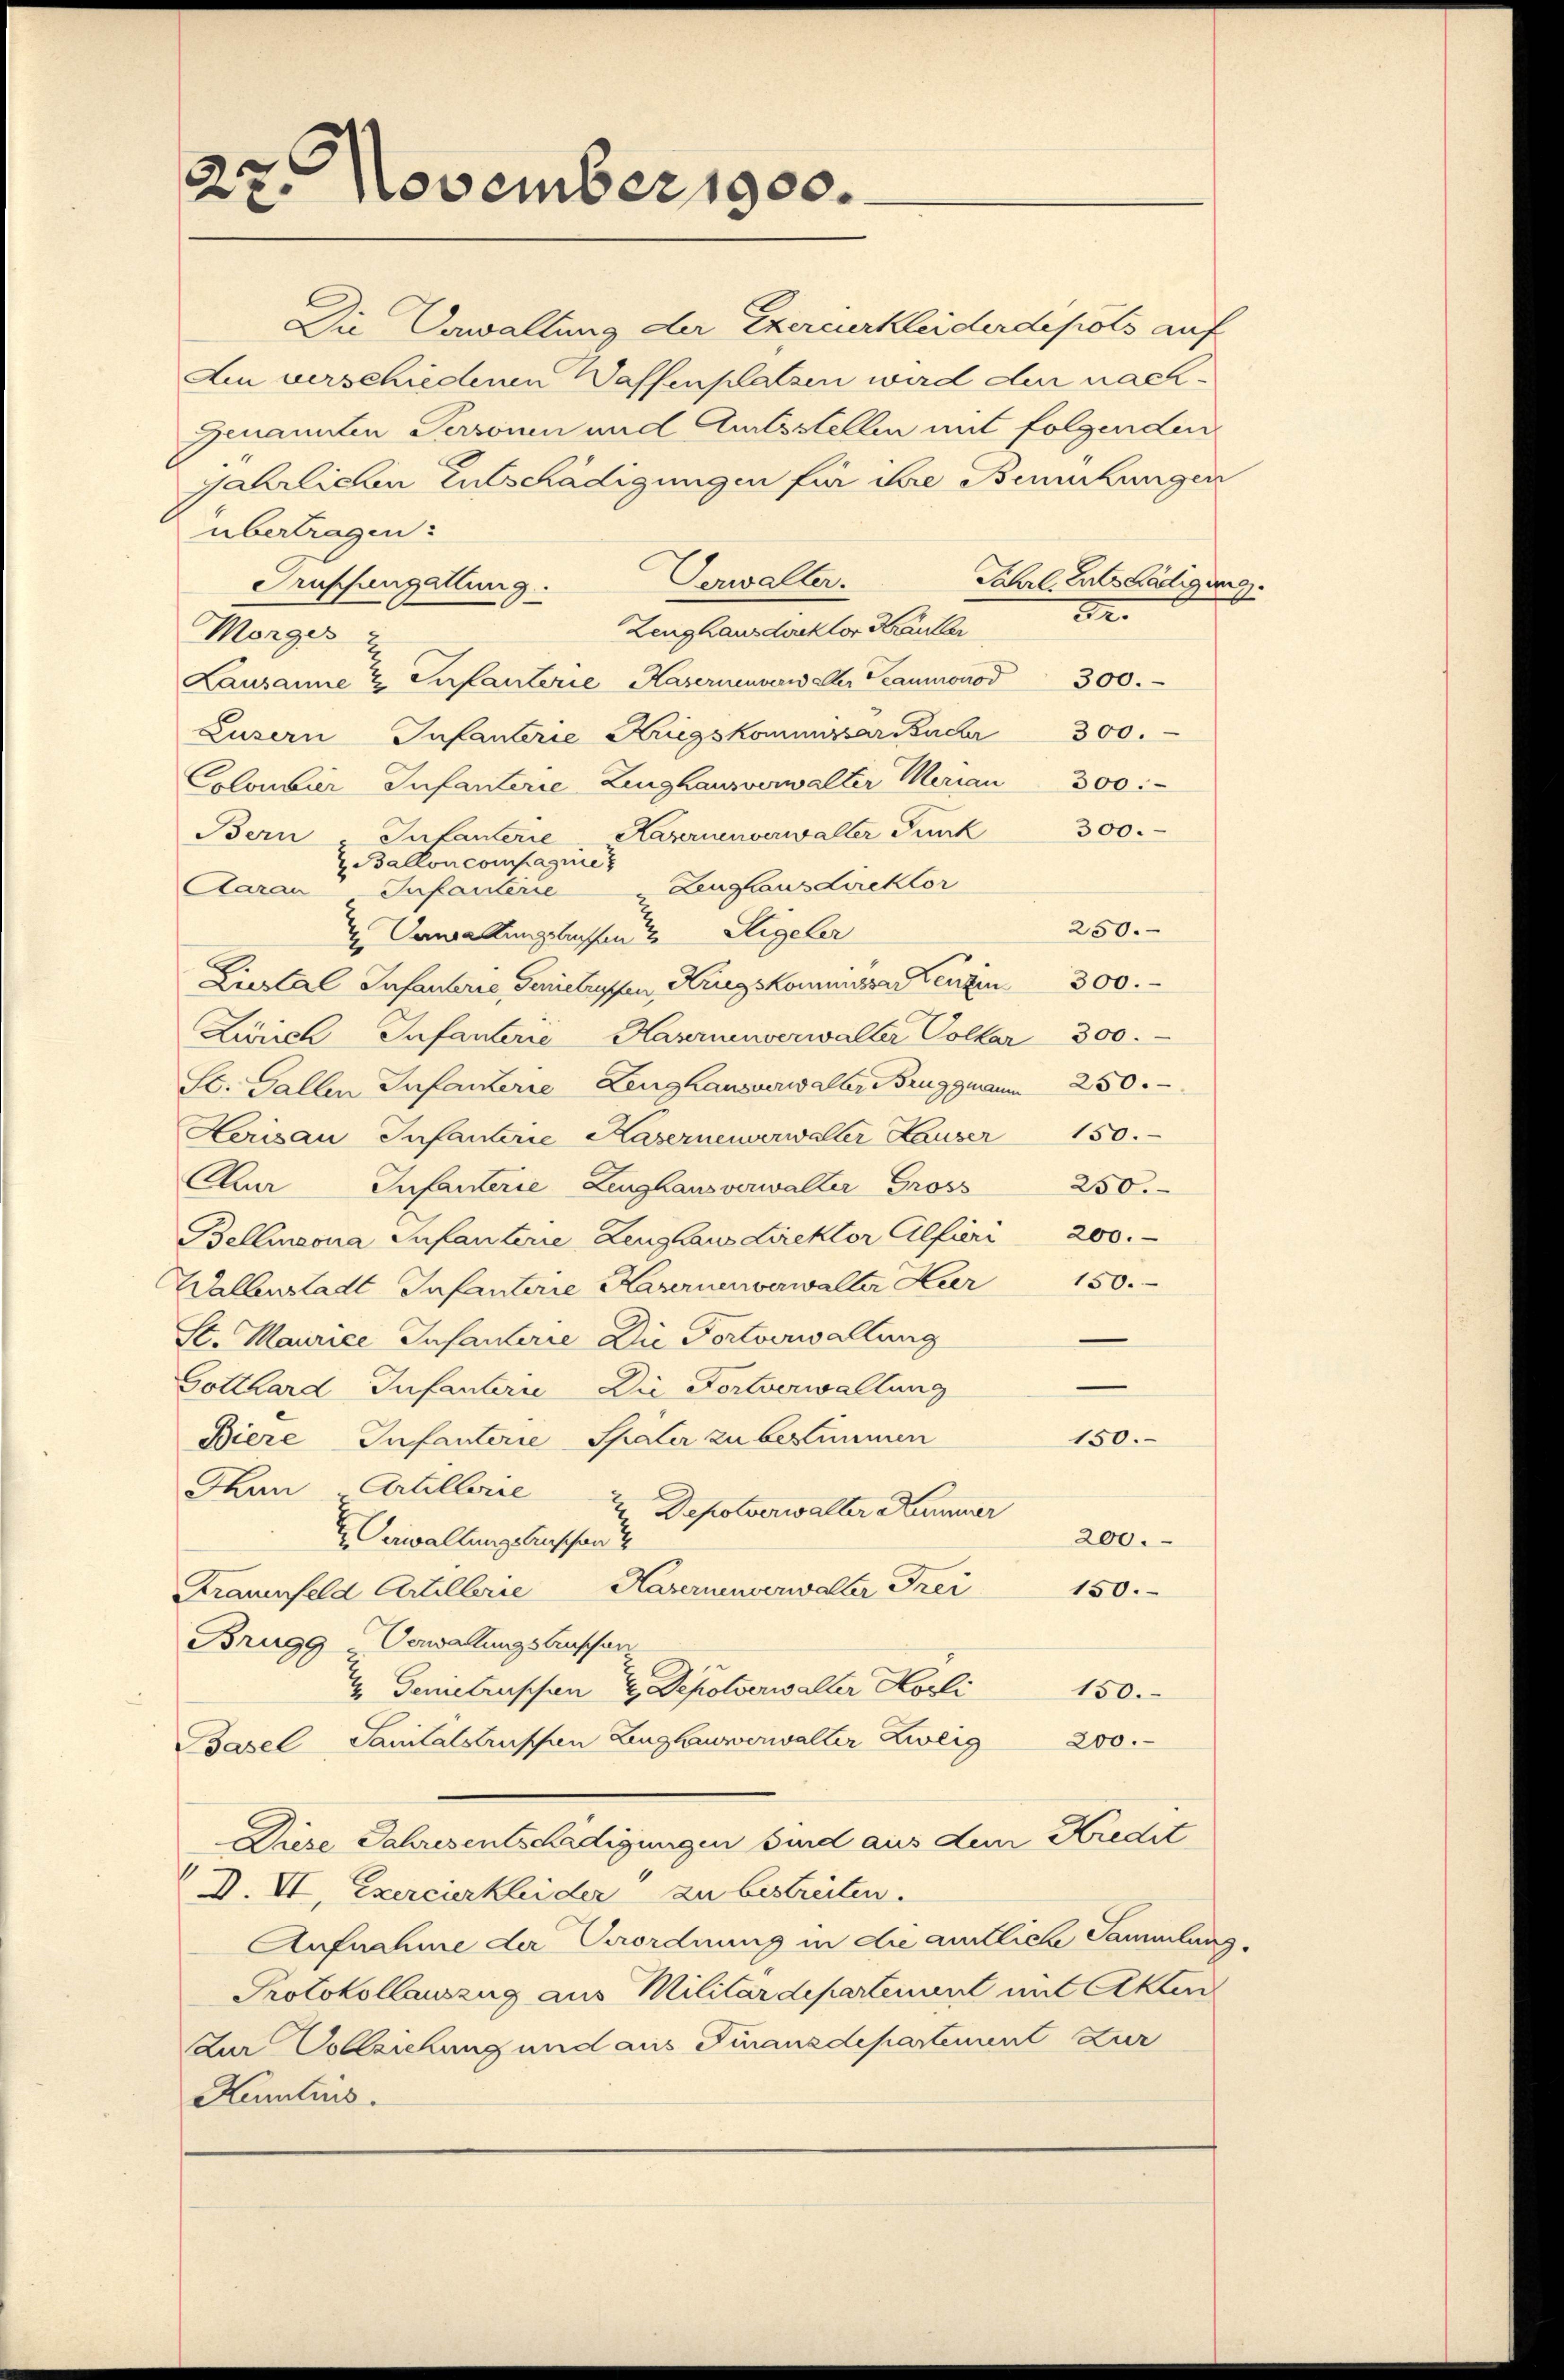
27. November 1900.

Ain verschiedenen Waffenplatzen wird den nach¬
Genannten Personen und Amtsstellen mit folgenden
jährlichen Entschädigungen für die Bemühungen
übertragen:
Verwalter.
Auffangallung.
Zeughaus doktor Krautler
Morges
Lausanne & Infanterie Kasernenverwalter Beaumono d
Luzern Infanterie Kriegskommissar Bucher
Colombier Infanterie Zinghausverwalter Merian 300.
Bern - Infanterie-Kasernenverwalter Funk
 Ballon compagnie
Zeughausdirektor
Aarau Infanterie
 Verwaltungsbessen die Sigeler
3
Liestal Infanterie, Gerietroffen, Kriegskommissa Kenzen 300.
Lirich Infanterie Havernenverwalter Collar 300.
St. Gallen Infanterie Zeughausverwalter Bruggmann         250
Herisau Infanterie Kasernenverwalter Hauser                       150.
Cur Infanterie Zeughausverwalter Gross 250.
Bellinzona Infanterie Zeughaus Lirektor Alfieri 200.
Wallenstadt Infanterie Hauernenverwalter Heer                     50
St. Maurice Infanterie Die Fortverwaltung
Gotthard Infanterie Die Fortverwaltung
150.
Biere Infanterie Später zu bestimmen
Than. Artillerie 2 Depotverwalter Kummer 200.
Oswallungsbeschen
Hasernenverwalter Frei
150.
Frauenfeld Artillerie
Brugg-Oewaltungsbuschen
2. Genietrissen Depolverwalter Korli
150.
Basel Sanitalstrupfen Zeughauwerwalter Zweis                    200.
Diese Jahresentschädigungen sind aus dem Kredit
D. VI, Exercierkleider zu bestreiten.
Aufnahme der Verordnung in die amtliche Sammlun
Protokollauszug aus Militärdepartement mit Akten
Zur Vollziehung und aus Finanzdepartement zur
Kamtnis.

Die Verwaltung der Exercurkleider depots auf

Jährl. Entschädigung.
e

250.